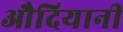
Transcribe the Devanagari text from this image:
औदियानी